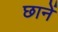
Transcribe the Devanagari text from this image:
छानें